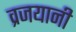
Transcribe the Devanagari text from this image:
व्रजयानी